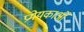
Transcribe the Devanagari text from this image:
प्रमेयकाओं